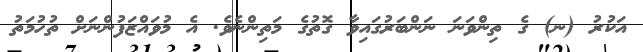
އަކުރު (ނ) ގެ ތިންވަނަ ނަންބަރުގައިވާ ގޮތުގެ މަތިންނެވެ. އެ މުވައްޒަފުންނަށް ތުހުމަތު